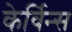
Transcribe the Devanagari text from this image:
केर्विन्स